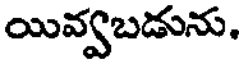
యివ్వబడును.